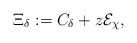
\begin{align*}\Xi _{\delta }:=C_{\delta }+z\mathcal{E}_{\chi }, \end{align*}